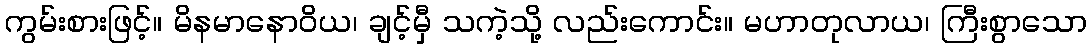
ကွမ်းစားဖြင့်။ မိနမာနောဝိယ၊ ချင့်မှီ သကဲ့သို့ လည်းကောင်း။ မဟာတုလာယ၊ ကြီးစွာသော